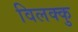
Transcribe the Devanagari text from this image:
विलक्कु